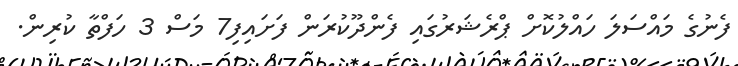
ފެނުގެ މައްސަލަ ހައްލުކޮށް ޕްރެޝަރުގައި ފެންދޫކުރަން ފަށައިފި7 މަސް 3 ހަފްތާ ކުރިން.